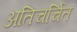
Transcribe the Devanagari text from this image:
अतिचर्चित